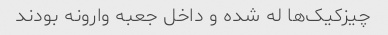
چیزکیک‌ها له شده و داخل جعبه وارونه بودند